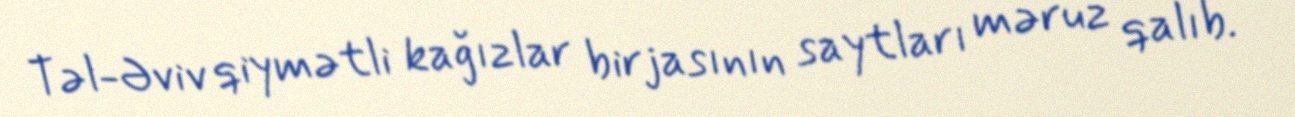
Təl-Əviv qiymətli kağızlar birjasının saytları məruz qalıb.